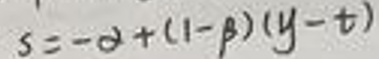
\[ s = -\alpha+(1 - \beta)(y - t) \]